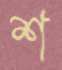
শ